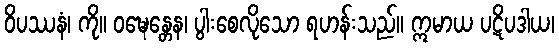
ဝိပဿနံ၊ ကို။ ဝဍ္ဎေန္တေန၊ ပွါးစေလိုသော ရဟန်းသည်။ ဣမာယ ပဋိပဒါယ၊